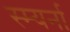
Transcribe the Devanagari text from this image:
स्म्यर्ना